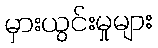
မှားယွင်းမှုများ